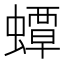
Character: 蟫